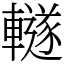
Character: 䡵